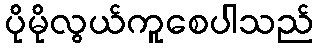
ပိုမိုလွယ်ကူစေပါသည်